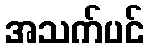
အသက်ပင်